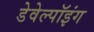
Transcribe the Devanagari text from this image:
डेवेल्पॉइंग